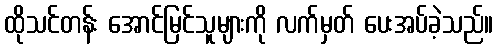
ထိုသင်တန်း အောင်မြင်သူများကို လက်မှတ် ပေးအပ်ခဲ့သည်။